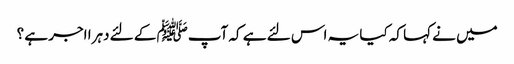
میں نے کہا کہ کیا یہ اس لئے ہے کہ آپﷺ کے لئے دہرا اجر ہے ؟